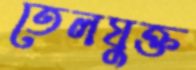
তেলযুক্ত